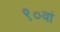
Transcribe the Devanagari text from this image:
९०वां